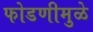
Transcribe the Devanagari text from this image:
फोडणीमुळे